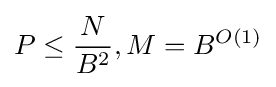
P\leq {\frac {N}{B^{2}}},M=B^{O(1)}